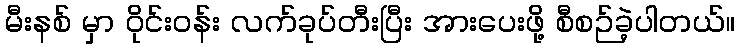
မီးနစ် မှာ ဝိုင်းဝန်း လက်ခုပ်တီးပြီး အားပေးဖို့ စီစဉ်ခဲ့ပါတယ်။